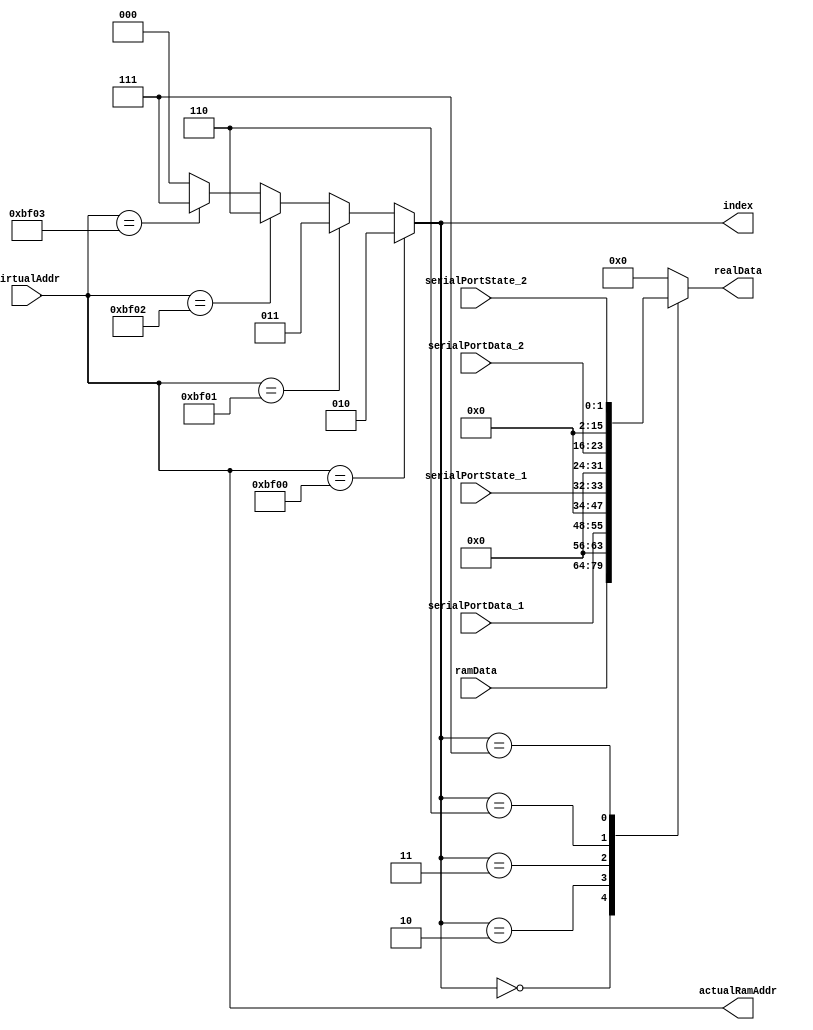
module memoryMapping (
  input [15:0] virtualAddr,
  output reg [15:0] actualRamAddr,
  input [15:0] ramData,

  input [7:0] serialPortData_1,
  input [1:0] serialPortState_1,

  input [7:0] serialPortData_2,
  input [1:0] serialPortState_2,

  output reg [15:0] realData,
  output reg [2:0] index
);

localparam RAM = 3'b000,
  SERIALPORT_DATA_1 = 3'b010,
  SERIALPORT_STATE_1 = 3'b011,
  SERIALPORT_DATA_2 = 3'b110,
  SERIALPORT_STATE_2 = 3'b111;


always @ (virtualAddr)
begin
  actualRamAddr = virtualAddr;
  if (virtualAddr == 16'hbf00)
    index = SERIALPORT_DATA_1;
  else if (virtualAddr == 16'hbf01)
    index = SERIALPORT_STATE_1;
  else if (virtualAddr == 16'hbf02)
	 index = SERIALPORT_DATA_2;
  else if (virtualAddr == 16'hbf03)
    index = SERIALPORT_STATE_2;
  else
    index = RAM;
end

always @ (*)
  case (index)
    RAM:
      realData = ramData;
    SERIALPORT_DATA_1:
      realData = {8'h00, serialPortData_1};
    SERIALPORT_STATE_1:
      realData = {14'b00000000000000, serialPortState_1};
	 SERIALPORT_DATA_2:
		realData = {8'h00, serialPortData_2};
	 SERIALPORT_STATE_2:
	   realData = {14'b00000000000000, serialPortState_2};
    default:
      realData = 0;
  endcase

endmodule